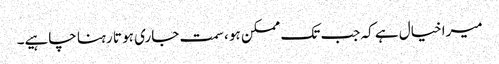
میرا خیال ہے کہ جب تک ممکن ہو ، سمت جاری ہو تا رہنا چاہیے۔